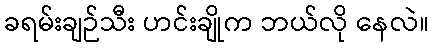
ခရမ်းချဉ်သီး ဟင်းချိုက ဘယ်လို နေလဲ။